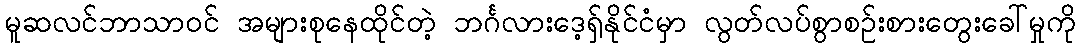
မူဆလင်ဘာသာဝင် အများစုနေထိုင်တဲ့ ဘင်္ဂလားဒေ့ရှ်နိုင်ငံမှာ လွတ်လပ်စွာစဉ်းစားတွေးခေါ်မှုကို